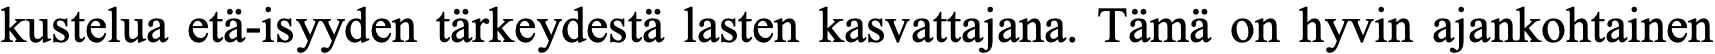
kustelua etä-isyyden tärkeydestä lasten kasvattajana. Tämä on hyvin ajankohtainen